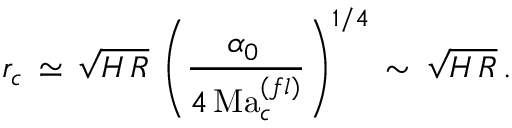
r _ { c } \, \simeq \, \sqrt { H \, R } \, \left( \frac { \alpha _ { 0 } \, } { 4 \, \mathrm { M a } _ { c } ^ { ( f l ) } } \right) ^ { 1 / 4 } \, \sim \, \sqrt { H \, R } \, . \